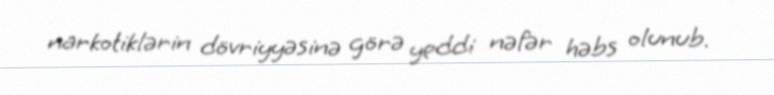
narkotiklərin dövriyyəsinə görə yeddi nəfər həbs olunub.